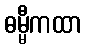
ဓမ္မီကထာ